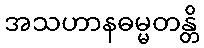
အသဟာနဓမ္မတန္တိ